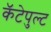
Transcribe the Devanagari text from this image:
कॅटेपुल्ट